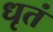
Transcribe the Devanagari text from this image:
धृतं